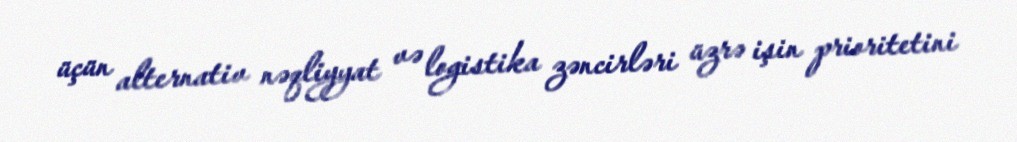
üçün alternativ nəqliyyat və logistika zəncirləri üzrə işin prioritetini